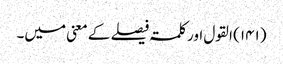
(۱۴۱)	القول اور کلمۃ فیصلے کے معنی میں۔